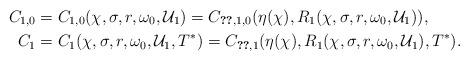
LaTeX: \begin{align*}C_{1,0} &= C_{1,0}(\chi,\sigma,r,\omega_0, \mathcal{U}_1) = C_{\ref{LemmaCentralEstimateInNormalDirection},1,0}(\eta(\chi),R_1(\chi,\sigma,r,\omega_0,\mathcal{U}_1)), \\C_1 &= C_1(\chi,\sigma,r,\omega_0,\mathcal{U}_1,T^*) = C_{\ref{LemmaCentralEstimateInNormalDirection},1}(\eta(\chi),R_1(\chi,\sigma,r,\omega_0,\mathcal{U}_1),T^*). \end{align*}